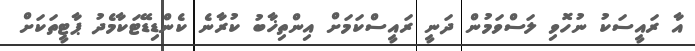
އާ ރައީސަކު ނުހޮވި ލަސްވަމުން ދަނީ ރައީސްކަމަށް އިންތިޚާބު ކުރާނެ ކެންޑިޑޭޓަކާމެދު ޕާޓީތަކަށް